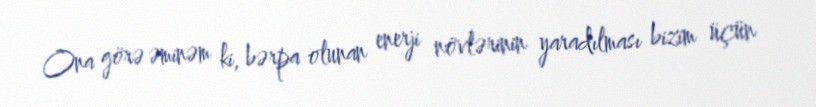
Ona görə əminəm ki, bərpa olunan enerji növlərinin yaradılması bizim üçün